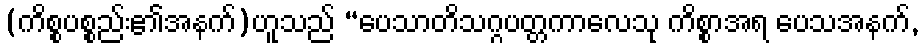
(ကိစ္စပစ္စည်း၏အနက်)ဟူသည် “ပေသာတိသဂ္ဂပတ္တကာလေသု ကိစ္စာအရ ပေသအနက်,